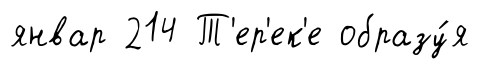
январ 214 Т'ер'ек'е образу́я